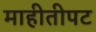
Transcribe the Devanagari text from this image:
माहीतीपट